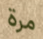
مرة